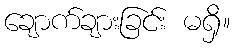
ချောက်ချားခြင်း မရှိ။